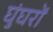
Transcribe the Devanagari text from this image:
घुंघरों